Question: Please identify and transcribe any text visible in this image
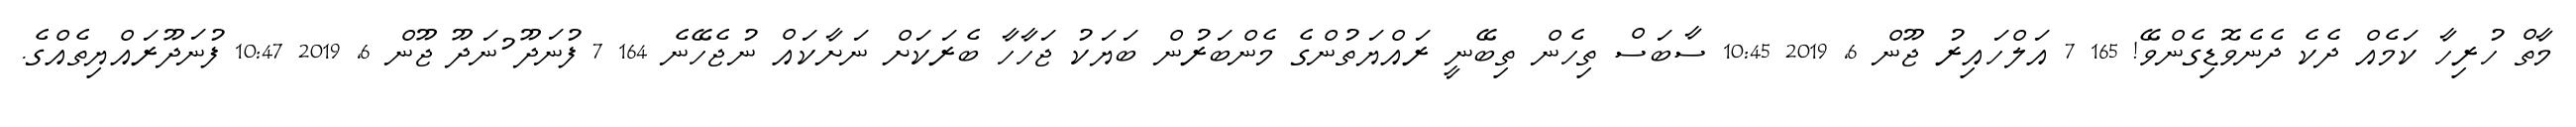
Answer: މާތް ހުރިހާ ކަމެއް ދެކެ ދެނެވޮޑިގެންވޭ! 165 7 އަލްހައިރު ޖޫން 6, 2019 10:45 ސާބަސް ތިހެން ތިބޭނީ ރައްޔަތުންގެ މެންބަރުން ބަޔަކު ޖަހާހާ ބެރަކަށް ނަށާކައް ނުޖެހޭނެ 164 7 ފުނަދޫ ުނަދޫ ޖޫން 6, 2019 10:47 ފުނަދޫރައްޔިތެއްގެ.